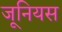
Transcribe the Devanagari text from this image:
जूनियस